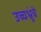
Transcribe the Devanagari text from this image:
उच्चभ्रूंचे